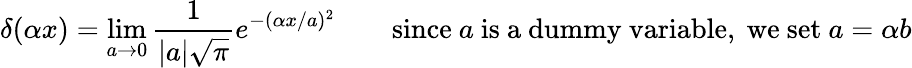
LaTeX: \delta(\alpha x)=\operatorname*{lim}_{a\to 0}{\frac{1}{|a|{\sqrt{\pi}}}}e^{-(\alpha x/a)^{2}}\qquad{\mathrm{since~}}a{\mathrm{~is~a~dummy~variable,~we~set~}}a=\alpha b